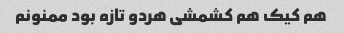
هم کیک هم کشمشی هردو تازه بود ممنونم